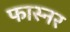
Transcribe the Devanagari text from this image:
फास्नर